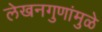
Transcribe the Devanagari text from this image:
लेखनगुणांमुळे